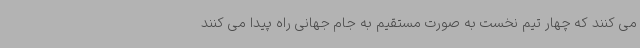
می کنند که چهار تیم نخست به صورت مستقیم به جام جهانی راه پیدا می کنند